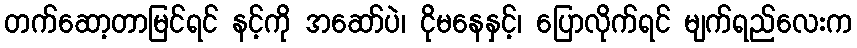
တက်ဆော့တာမြင်ရင် နင့်ကို အဆော်ပဲ၊ ငိုမနေနှင့်၊ ပြောလိုက်ရင် မျက်ရည်လေးက